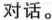
对话。